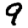
Digit: 9